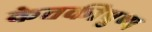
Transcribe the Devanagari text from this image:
केतकीपुष्प